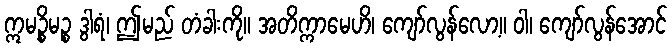
ဣမဉ္စိမဉ္စ ဒွါရံ၊ ဤမည် တံခါးကို။ အတိက္ကာမေဟိ၊ ကျော်လွန်လော့။ ဝါ၊ ကျော်လွန်အောင်